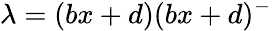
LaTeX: \lambda=(bx+d)(bx+d)^{-}